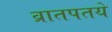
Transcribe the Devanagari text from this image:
व्रातपतये